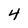
Character: 4